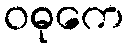
ဝဓုကေ